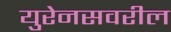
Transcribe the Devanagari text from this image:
युरेनसवरील